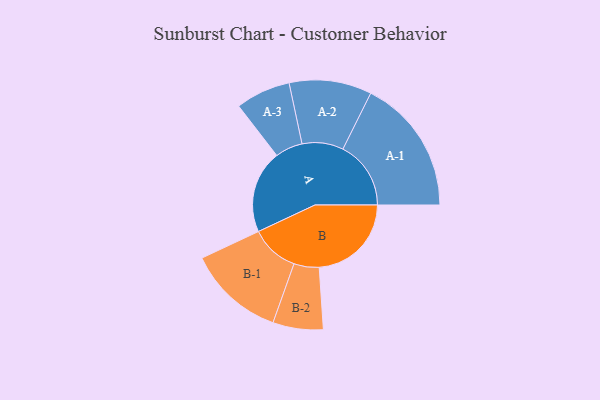
{"axis": {"x": "Segment", "y": "Value"}, "legend": ["", "A", "B"], "data": [{"x": "A", "y": 356, "type": ""}, {"x": "B", "y": 396, "type": ""}, {"x": "A-1", "y": 292, "type": "A"}, {"x": "A-2", "y": 177, "type": "A"}, {"x": "A-3", "y": 118, "type": "A"}, {"x": "B-1", "y": 208, "type": "B"}, {"x": "B-2", "y": 108, "type": "B"}]}